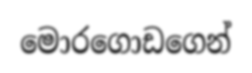
මොරගොඩගෙන්